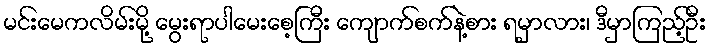
မင်းမေကလိမ်းမို့ မွေးရာပါမေးစေ့ကြီး ကျောက်စက်နဲ့စား ရမှာလား၊ ဒီမှာကြည့်ဦး